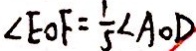
\angle E O F = \frac { 1 } { 5 } \angle A O D